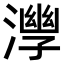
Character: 𣾧